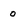
Character: o